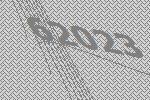
62023